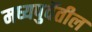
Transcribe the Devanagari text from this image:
मध्यपुर्वेतील